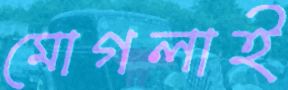
মোগলাই